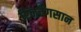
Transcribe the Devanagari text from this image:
रिनचेंगसान